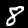
Digit: 8